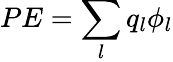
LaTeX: PE=\sum_{l}q_{l}\phi_{l}